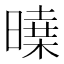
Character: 𣊝